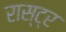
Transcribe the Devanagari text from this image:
रास्ट्र